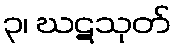
၃၊ ဃဋသုတ်